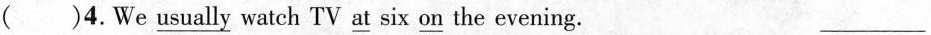
（）4.We \underline{usually} watch TV \underline{at} six \underline{on}the evening. ___